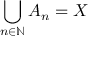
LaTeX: \bigcup _ { n \in \mathbb { N } } A _ { n } = X